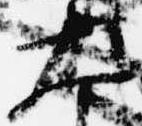
大